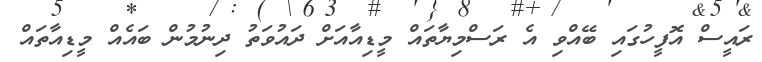
ރައީސް އޮފީހުގައި ބޭއްވި އެ ރަސްމިޔާތައް މީޑިއާއަށް ދައުވަތު ދިނުމުން ބައެއް މީޑިއާތައް